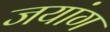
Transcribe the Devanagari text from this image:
जयांग